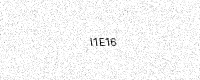
Text: I1E16